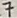
Text: 7